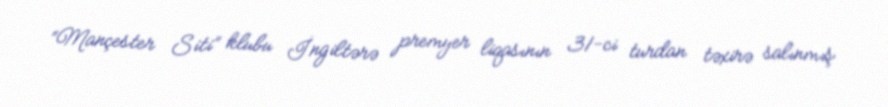
“Mançester Siti” klubu İngiltərə premyer liqasının 31-ci turdan təxirə salınmış